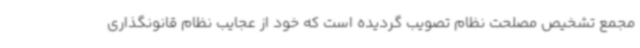
مجمع تشخیص مصلحت نظام تصویب گردیده است که خود از عجایب نظام قانونگذاری